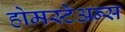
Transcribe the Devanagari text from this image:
होमस्टेअन्स